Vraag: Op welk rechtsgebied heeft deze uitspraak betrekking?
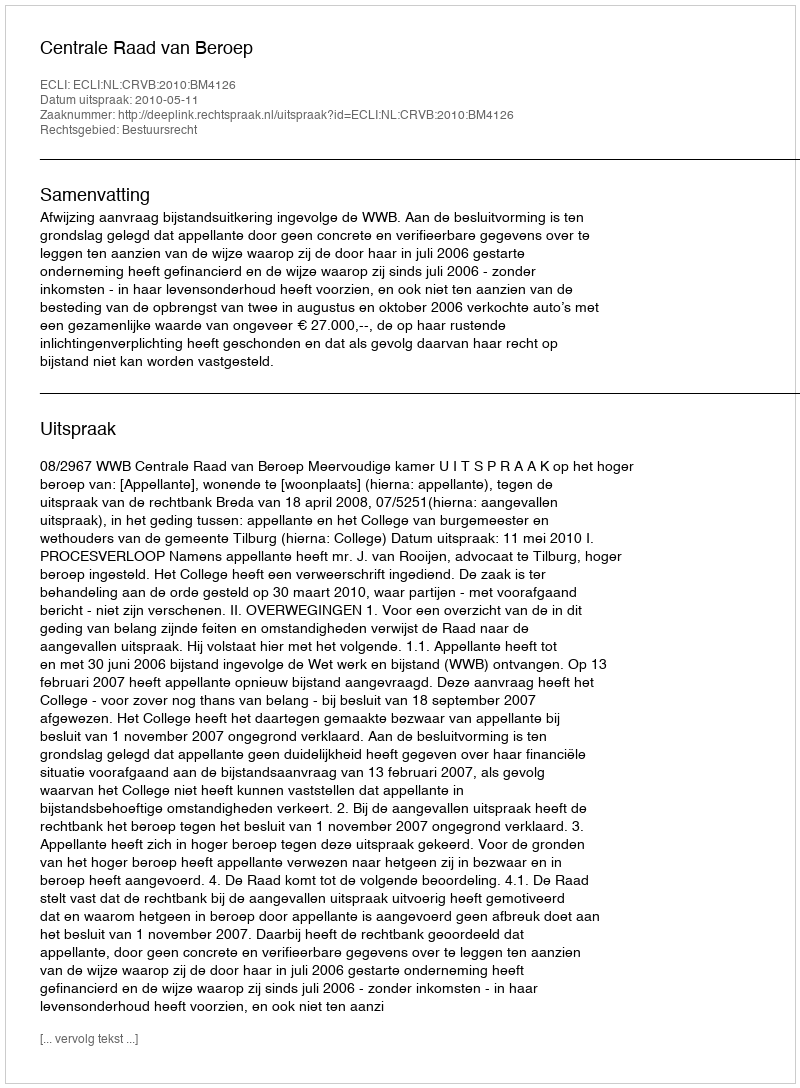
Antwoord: Bestuursrecht